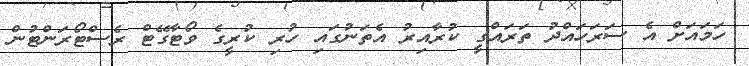
ހަމައަށް އެ ސަރަހައްދު ތަރައްގީ ކުރާއިރު އެތަނުގައި ހުރި ކުރީގެ ވޯޓާގޭޓް ރެސްޓޯރަންޓުން